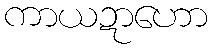
ကာယဍာဟော